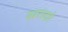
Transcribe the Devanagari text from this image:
खरादते